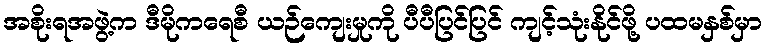
အစိုးရအဖွဲ့က ဒီမိုကရေစီ ယဉ်ကျေးမှုကို ပီပီပြင်ပြင် ကျင့်သုံးနိုင်ဖို့ ပထမနှစ်မှာ